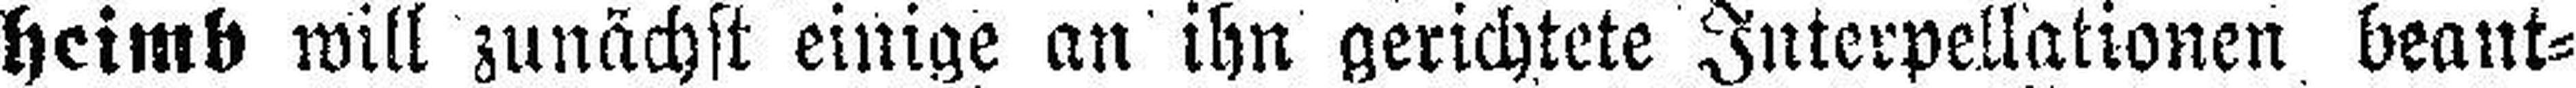
heimb will zunächst einige an ihn gerichtete Interpellationen beant¬